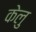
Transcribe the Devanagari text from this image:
केलु